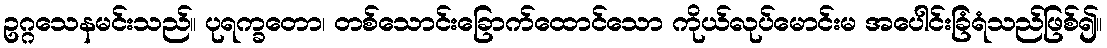
ဥဂ္ဂသေနမင်းသည်။ ပုရက္ခတော၊ တစ်သောင်းခြောက်ထောင်သော ကိုယ်လုပ်မောင်းမ အပေါင်းခြံရံသည်ဖြစ်၍။